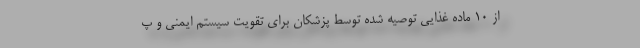
از 10 ماده غذایی توصیه شده توسط پزشکان برای تقویت سیستم ایمنی و پ